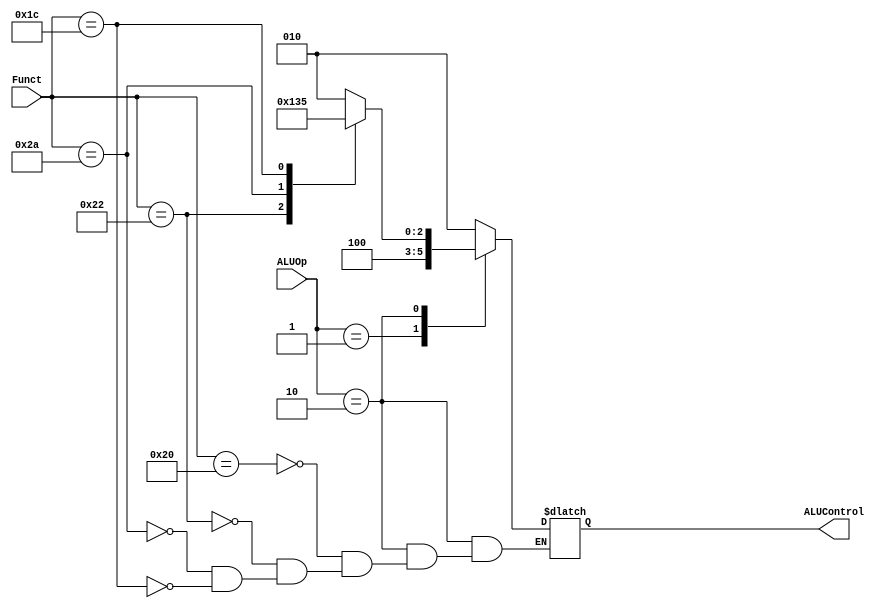

/*
// Module: ALU_Decoder.v
// Description: ALU Decoder verilog code //
// Owner : Mohamed Ayman
*/

module ALU_Decoder (
    input   wire    [1:0]    ALUOp,          
    input   wire    [5:0]    Funct,
    output  reg     [2:0]    ALUControl
);

always @ (*)
begin
    case (ALUOp)
    
    2'b00 : ALUControl = 3'b010;

    2'b01 : ALUControl = 3'b100;

    2'b10 : 
            begin
                case(Funct)
                // add
                6'b100000 : ALUControl = 3'b010;
                // sub
                6'b100010 : ALUControl = 3'b100;
                // slt
                6'b101010 : ALUControl = 3'b110;
                // mul
                6'b011100 : ALUControl = 3'b101;
                endcase
            end

    default : ALUControl = 3'b010;

    endcase
end

endmodule